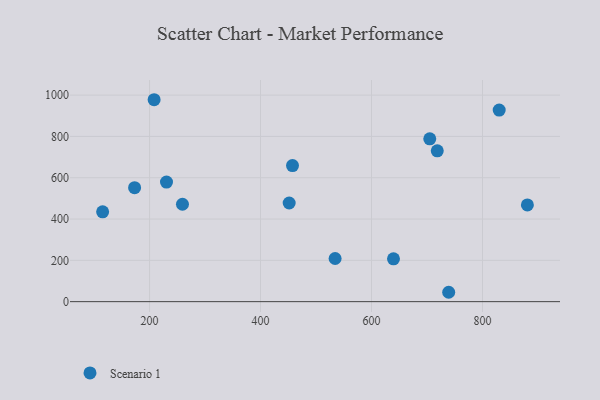
{"axis": {"x": "Price", "y": "Sales"}, "legend": ["Scenario 1"], "data": [{"x": "705.0", "y": 788.3, "type": "Scenario 1"}, {"x": "534.4", "y": 209.0, "type": "Scenario 1"}, {"x": "830.1", "y": 927.7, "type": "Scenario 1"}, {"x": "639.6", "y": 207.6, "type": "Scenario 1"}, {"x": "173.0", "y": 551.7, "type": "Scenario 1"}, {"x": "208.2", "y": 977.7, "type": "Scenario 1"}, {"x": "259.3", "y": 471.6, "type": "Scenario 1"}, {"x": "718.5", "y": 730.5, "type": "Scenario 1"}, {"x": "457.6", "y": 658.8, "type": "Scenario 1"}, {"x": "451.6", "y": 477.6, "type": "Scenario 1"}, {"x": "880.9", "y": 468.1, "type": "Scenario 1"}, {"x": "739.1", "y": 45.4, "type": "Scenario 1"}, {"x": "230.5", "y": 578.8, "type": "Scenario 1"}, {"x": "115.4", "y": 435.1, "type": "Scenario 1"}]}